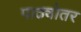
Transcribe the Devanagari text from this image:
पाठ्योतर